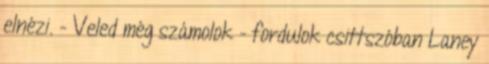
elnézi. - Veled még számolok - fordulok csittszóban Laney